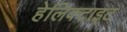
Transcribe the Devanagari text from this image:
हेलिक्टाइट